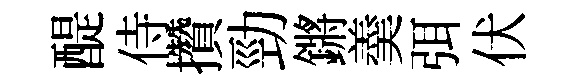
醍侍攢勁鏘羮弭伏